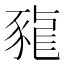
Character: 𧱠